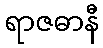
ရာဇဓာနီ